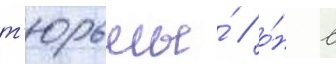
т'юрьмы́ / о́н в